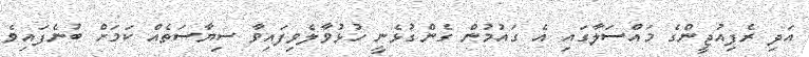
އަދި ރެފިއުޖީންގެ މައްސަލާގައި އެ ގައުމުން ގެންގުޅެނީ ހުޅުވާލެވިފައިވާ ސިޔާސަތެއް ކަމަށް ބުނެފައިވެ